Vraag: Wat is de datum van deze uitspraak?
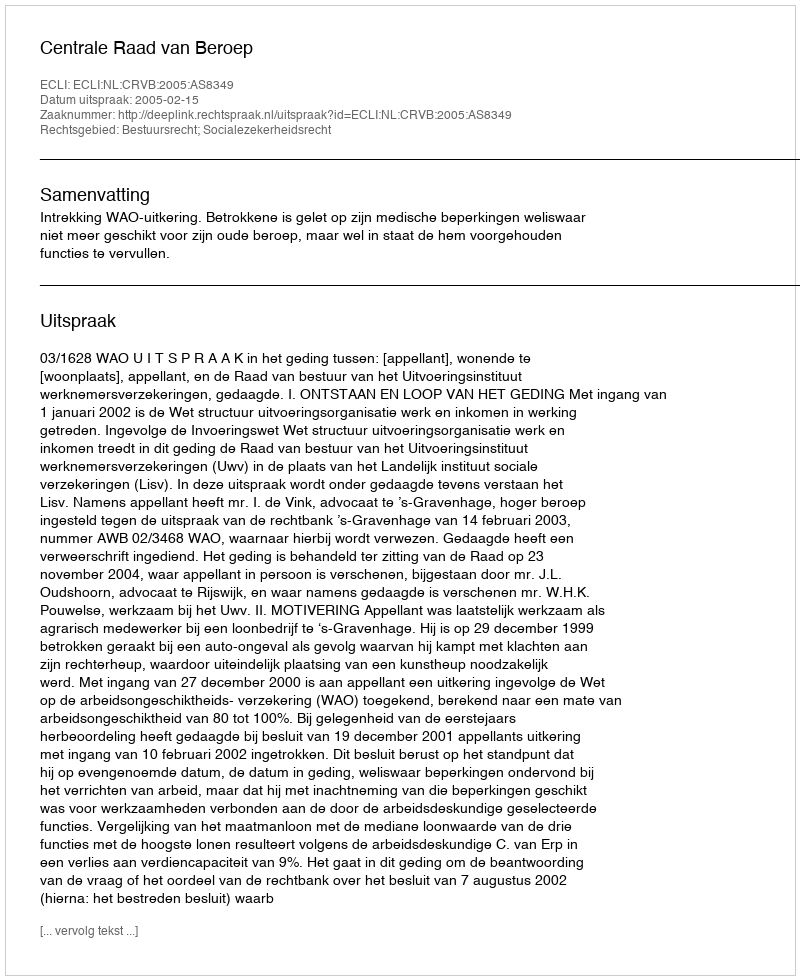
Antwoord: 2005-02-15